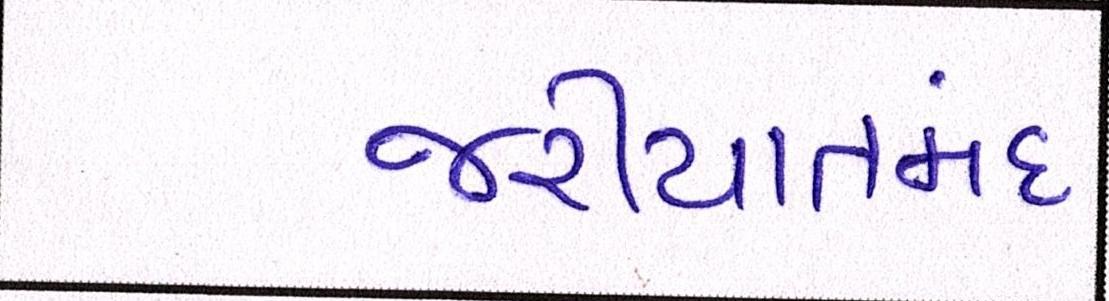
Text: જરીયાતમંદ